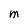
Character: M